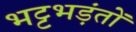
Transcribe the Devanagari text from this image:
भट्टभड़ंतों